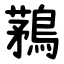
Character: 鶜